Medical and sanitary report of the native army of Madras for the year
Year: 1878
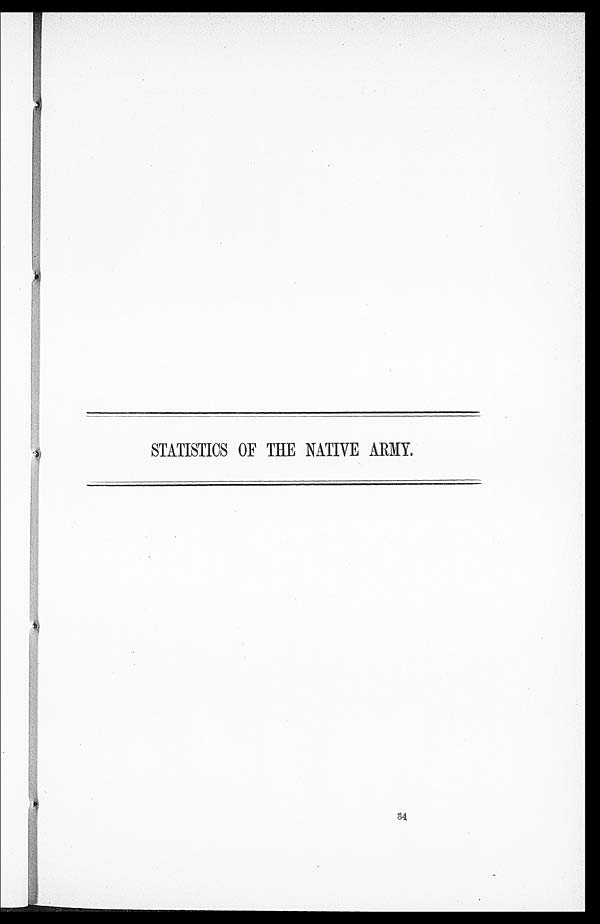
STATISTICS OF THE NATIVE ARMY.